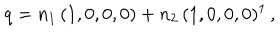
q = n _ { 1 } \, ( 1 , 0 , 0 , 0 ) + n _ { 2 } \, ( 1 , 0 , 0 , 0 ) ^ { 1 } \, ,